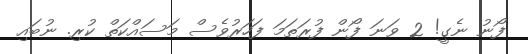
ފޯނު ނެގީ! 2 ވަނަ ފޯން ފުރަތަމަ ފަހަރުވެސް މަސައްކަތް ކުރި. ނުބައި